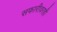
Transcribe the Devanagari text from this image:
सफारीवरही